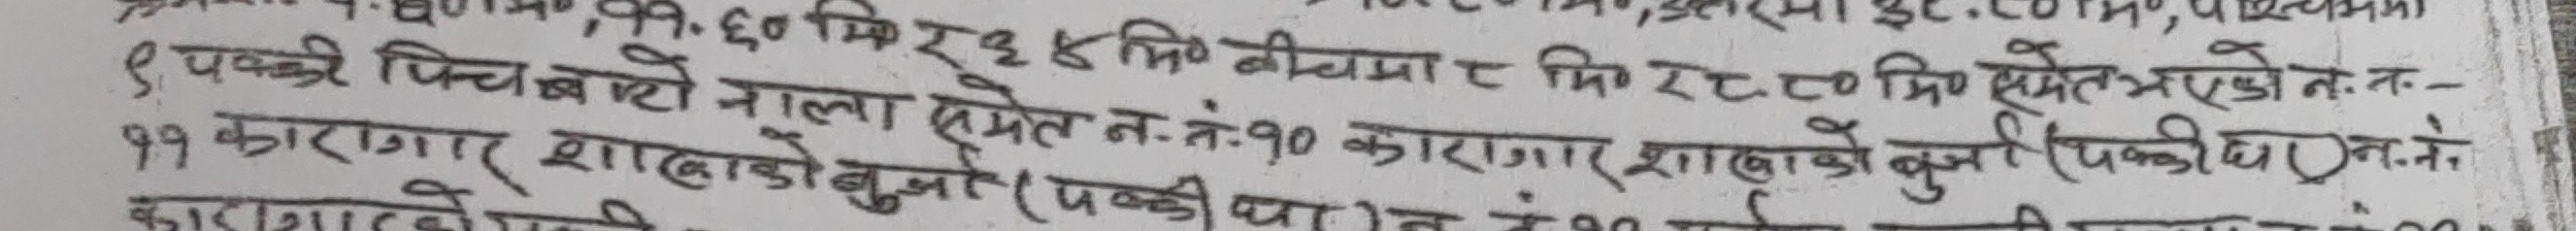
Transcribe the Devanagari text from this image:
६० कि १३४ भि० बीचमा र मि० १८८०म० समेत भएको न. -
९. पक्की पिच बाटो नाला समेत न.नं.१० कारागार शाखाको बुर्जा (चक्कीधा न.तो
११ कारागार शाखाको बुर्जा (पक्की थ